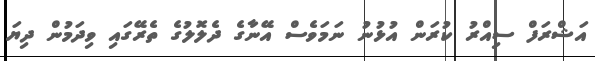
އަޝްރަފް ސިއްރު ކުރަން އުޅުނު ނަމަވެސް އޭނާގެ ދެލޮލުގެ ތެރޭގައި ވިދަމުން ދިޔަ